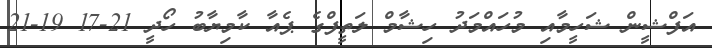
އަފްޝީން ޝަހީމާއި މުހައްމަދު ހިޝާމް ލަތީފްގެ ޕެއާ ކާމިޔާބު ހޯދީ 21-17 19-21